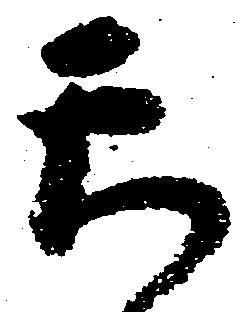
天